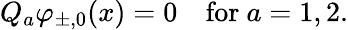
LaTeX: Q_{a}\varphi_{\pm,0}(x)=0~~~~\mathrm{for}~a=1,2.